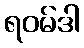
ရဝမ်ဒါ